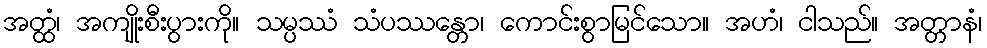
အတ္ထံ၊ အကျိုးစီးပွားကို။ သမ္ပဿံ သံပဿန္တော၊ ကောင်းစွာမြင်သော။ အဟံ၊ ငါသည်။ အတ္တာနံ၊